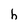
Character: h